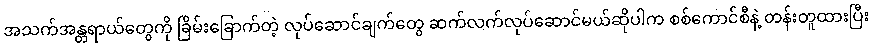
အသက်အန္တရာယ်တွေကို ခြိမ်းခြောက်တဲ့ လုပ်ဆောင်ချက်တွေ ဆက်လက်လုပ်ဆောင်မယ်ဆိုပါက စစ်ကောင်စီနဲ့ တန်းတူထားပြီး